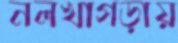
নলখাগড়ায়